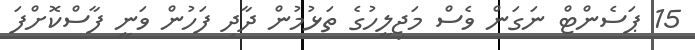
15 ޕަސެންޓް ނަގަން ވެސް މަޖިލީހުގެ ތަޅުމުން ދާދި ފަހުން ވަނީ ފާސްކޮށްފަ